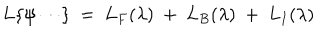
LaTeX: L \{ \psi \cdots \} ~ = ~ L _ { F } ( \lambda ) ~ + ~ L _ { B } ( \lambda ) ~ + ~ L _ { I } ( \lambda )